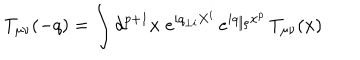
LaTeX: T _ { \mu \nu } ( - q ) = \int d ^ { p + 1 } x \; e ^ { i q _ { \perp i } X ^ { i } } \, e ^ { i q _ { \parallel \rho } x ^ { \rho } } \, T _ { \mu \nu } ( x )